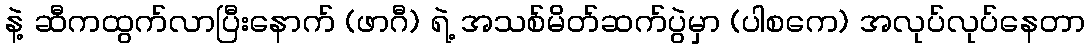
နဲ့ ဆီကထွက်လာပြီးနောက် (ဖာဂီ) ရဲ့ အသစ်မိတ်ဆက်ပွဲမှာ (ပါစကေ) အလုပ်လုပ်နေတာ